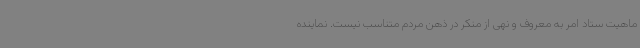
ماهیت ستاد امر به معروف و نهی از منکر در ذهن مردم متناسب نیست. نماینده